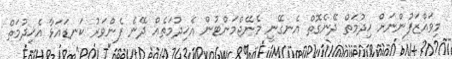
މިވައްޒަފުންނަށް ޚިދުމަތް ދޭނެގޮތް އެނގޭނީ މެނޭޖްމަންޓުން އެޚިދުމަތެއް ދޭނެ ފެންވަރު ކަނޑައަޅާ އެޚިދުމަތް